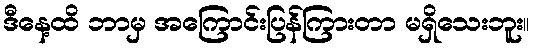
ဒီနေ့ထိ ဘာမှ အကြောင်းပြန်ကြားတာ မရှိသေးဘူး။